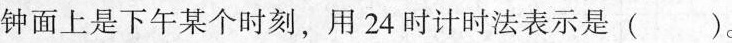
钟面上是下午某个时刻，用24时计时法表示是( )。